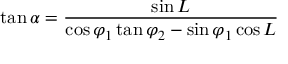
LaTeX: \tan \alpha = { \frac { \sin L } { \cos \varphi _ { 1 } \tan \varphi _ { 2 } - \sin \varphi _ { 1 } \cos L } }